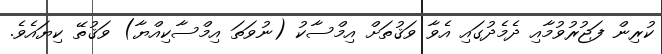
ކުރިން ފަޖުރުވުމާއި ދެމެދުގައި އެވާ ވަޤުތަށް އިމްސާކު (ނުވަތަ އިމްސާކިއްޔާ) ވަޤުތޭ ކިޔައެވެ.